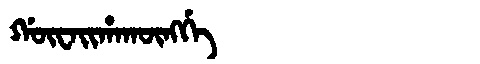
Manchu: ᡤᡡᠸᠠᡳᡥᠠᡴᡡᠩᡤᡝ
Romanization: GŪWAIHAKŪNGGE